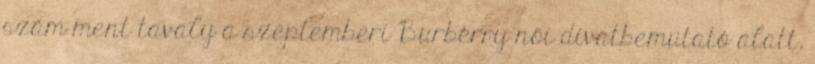
szám ment tavaly a szeptemberi Burberry női divatbemutató alatt.